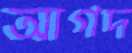
আগদ